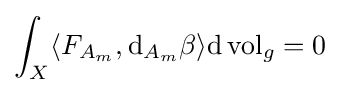
\int _{X}\langle F_{A_{m}},\mathrm {d} _{A_{m}}\beta \rangle \mathrm {d} \operatorname {vol} _{g}=0